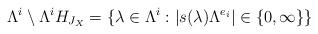
LaTeX: \begin{align*}\Lambda^i\setminus \Lambda^i H_{J_X}=\{\lambda\in \Lambda^i:|s(\lambda)\Lambda^{e_i}|\in \{0,\infty\}\}\end{align*}